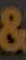
&